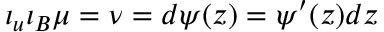
\iota _ { u } \iota _ { B } \mu = \nu = d \psi ( z ) = \psi ^ { \prime } ( z ) d z